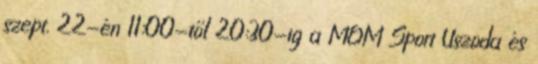
szept. 22-én 11:00-től 20:30-ig a MOM Sport Uszoda és